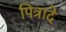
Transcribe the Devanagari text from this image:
पित्रादे